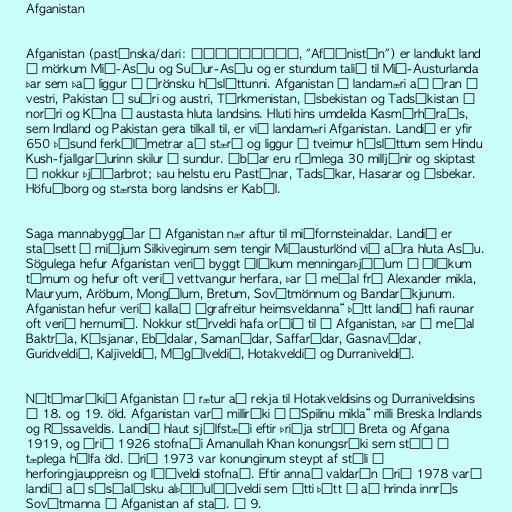
Afganistan

Afganistan (pastúnska/dari: افغانستان, "Afġānistān") er landlukt land
á mörkum Mið-Asíu og Suður-Asíu og er stundum talið til Mið-Austurlanda
þar sem það liggur á írönsku hásléttunni. Afganistan á landamæri að Íran í
vestri, Pakistan í suðri og austri, Túrkmenistan, Úsbekistan og Tadsíkistan í
norðri og Kína í austasta hluta landsins. Hluti hins umdeilda Kasmírhéraðs,
sem Indland og Pakistan gera tilkall til, er við landamæri Afganistan. Landið er yfir
650 þúsund ferkílómetrar að stærð og liggur á tveimur hásléttum sem Hindu
Kush-fjallgarðurinn skilur í sundur. Íbúar eru rúmlega 30 milljónir og skiptast
í nokkur þjóðarbrot; þau helstu eru Pastúnar, Tadsíkar, Hasarar og Úsbekar.
Höfuðborg og stærsta borg landsins er Kabúl.

Saga mannabyggðar í Afganistan nær aftur til miðfornsteinaldar. Landið er
staðsett á miðjum Silkiveginum sem tengir Miðausturlönd við aðra hluta Asíu.
Sögulega hefur Afganistan verið byggt ólíkum menningarþjóðum á ólíkum
tímum og hefur oft verið vettvangur herfara, þar á meðal frá Alexander mikla,
Mauryum, Aröbum, Mongólum, Bretum, Sovétmönnum og Bandaríkjunum.
Afganistan hefur verið kallað „grafreitur heimsveldanna“ þótt landið hafi raunar
oft verið hernumið. Nokkur stórveldi hafa orðið til í Afganistan, þar á meðal
Baktría, Kúsjanar, Ebódalar, Samanídar, Saffarídar, Gasnavídar,
Guridveldið, Kaljiveldið, Mógúlveldið, Hotakveldið og Durraniveldið.

Nútímaríkið Afganistan á rætur að rekja til Hotakveldisins og Durraniveldisins
á 18. og 19. öld. Afganistan varð milliríki í „Spilinu mikla“ milli Breska Indlands
og Rússaveldis. Landið hlaut sjálfstæði eftir Þriðja stríð Breta og Afgana
1919, og árið 1926 stofnaði Amanullah Khan konungsríki sem stóð í
tæplega hálfa öld. Árið 1973 var konunginum steypt af stóli í
herforingjauppreisn og lýðveldi stofnað. Eftir annað valdarán árið 1978 varð
landið að sósíalísku alþýðulýðveldi sem átti þátt í að hrinda innrás
Sovétmanna í Afganistan af stað. Á 9.